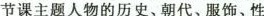
节课主题人物的历史、朝代、服饰、性